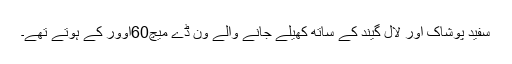
سفید پوشاک اور لال گیند کے ساتھ کھیلے جانے والے ون ڈے میچ60اوور کے ہوتے تھے۔